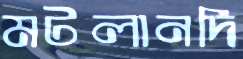
মটলানদি